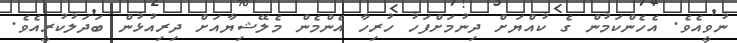
ނުވީއެވެ. އެހެންކަމުން ގެ ކުއްޔަށް ދިނުމަށްފަހު ހުރިހާ އެންމެން މެލޭޝިޔާއަށް ދިރިއުޅުން ބަދަލުކުރީއެވެ.